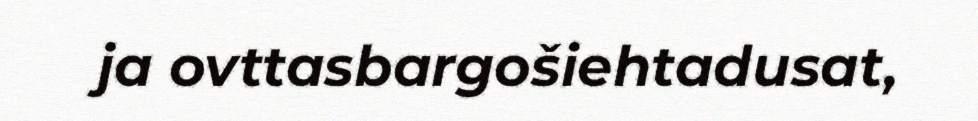
ja ovttasbargošiehtadusat,